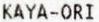
KAYA-ORI